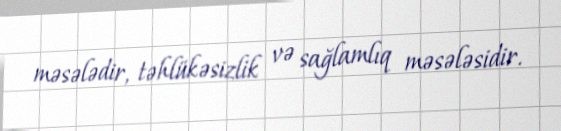
məsələdir, təhlükəsizlik və sağlamlıq məsələsidir.